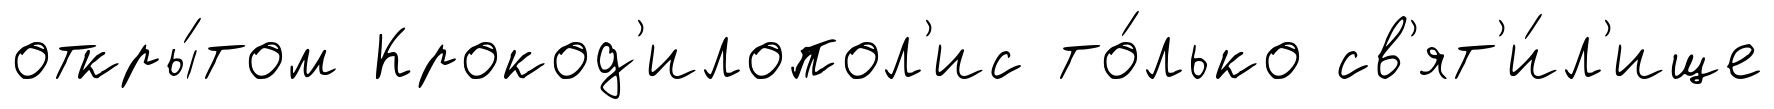
откры́том Крокод'илопол'ис то́лько св'ят'и́л'ище